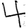
Digit: 4